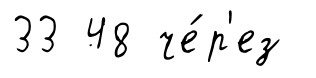
33 48 че́р'ез